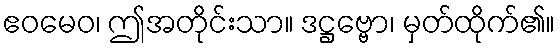
ဧဝမေဝ၊ ဤအတိုင်းသာ။ ဒဋ္ဌဗ္ဗော၊ မှတ်ထိုက်၏။